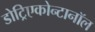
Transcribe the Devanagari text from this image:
डोट्रिएकोन्टानॉल